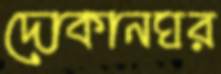
দোকানঘর